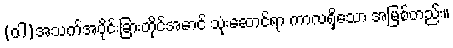
(ဝါ)အသက်အပိုင်းခြားတိုင်အောင် သုံးဆောင်ရာ ကာလရှိသော အမြစ်တည်း။